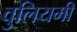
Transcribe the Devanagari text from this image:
वुलियमी